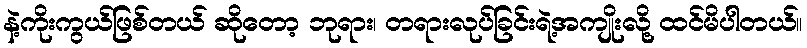
နဲ့ကိုးကွယ်ဖြစ်တယ် ဆိုတော့ ဘုရား၊ တရားလုပ်ခြင်းရဲ့အကျိုးလို့ ထင်မိပါတယ်။